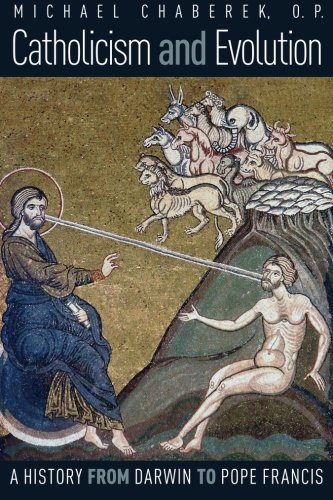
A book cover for Catholicism and Evolution: A History from Darwin to Pope Francis; O.P., Michael Chaberek; Christian Books & Bibles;